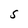
Character: S